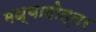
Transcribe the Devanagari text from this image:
मध्याहोत्तर